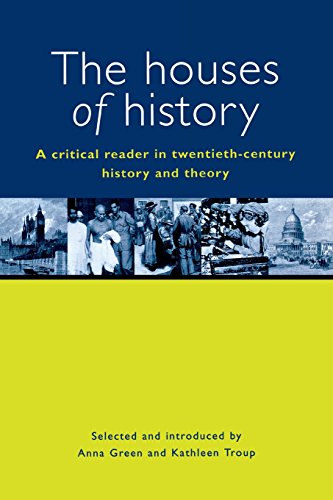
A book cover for The Houses of History: A Critical Reader in Twentieth-Century History and Theory; History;